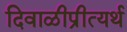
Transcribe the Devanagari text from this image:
दिवाळीप्रीत्यर्थ